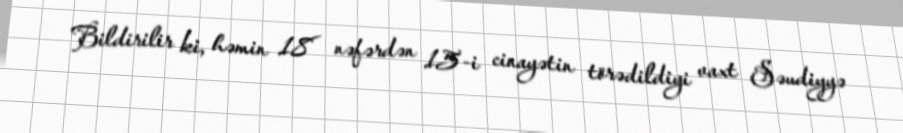
Bildirilir ki, həmin 18 nəfərdən 15-i cinayətin törədildiyi vaxt Səudiyyə